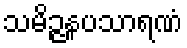
သမိဉ္ဇနပသာရဏံ